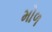
મોળ